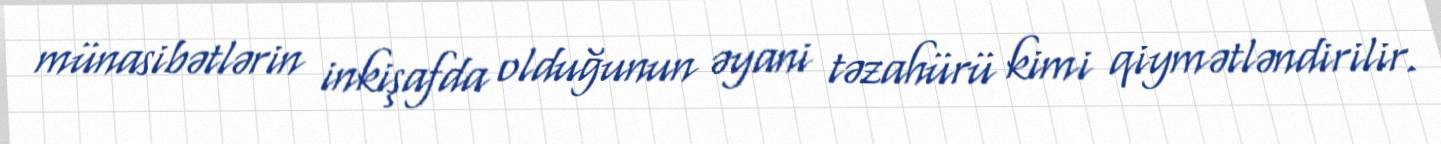
münasibətlərin inkişafda olduğunun əyani təzahürü kimi qiymətləndirilir.